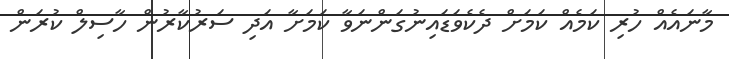
މާނައެއް ހުރި ކަމެއް ކަމަށް ދެކެވަޑައިނުގަންނަވާ ކަމަށާ އަދި ސަރުކާރުން ހާސިލް ކުރަން